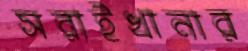
সরাইখানার